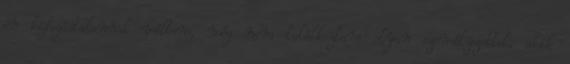
én kifogástalannak véltem, még nem találkoztam olyan személyzettel, akik